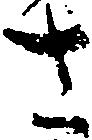
さ